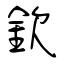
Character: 欽